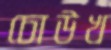
চোউখ